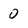
Character: 0